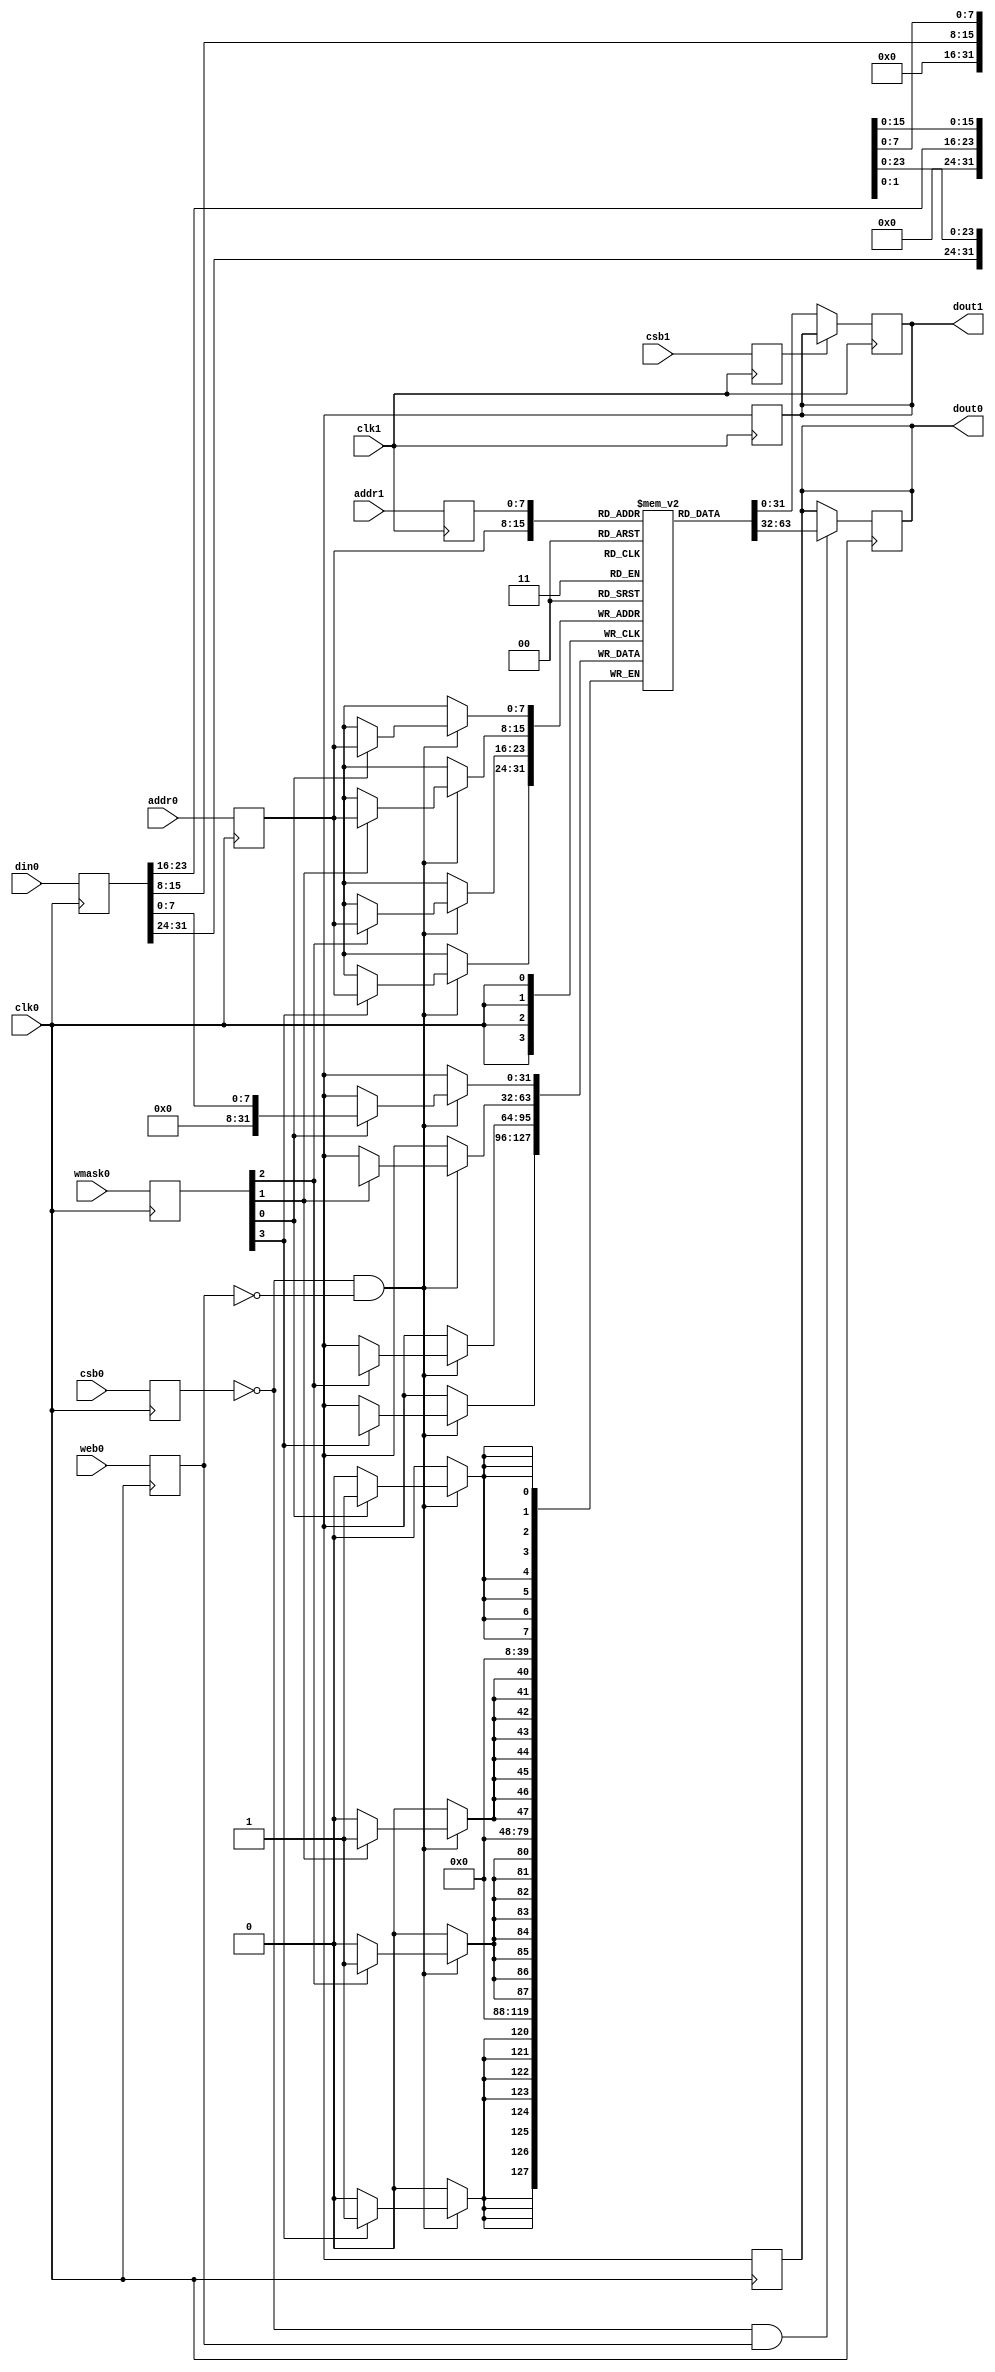
// OpenRAM SRAM model
// Words: 256
// Word size: 32
// Write size: 8

module sky130_sram_1kbyte_1rw1r_32x256_8(
`ifdef USE_POWER_PINS
    vccd1,
    vssd1,
`endif
// Port 0: RW
    clk0,csb0,web0,wmask0,addr0,din0,dout0,
// Port 1: R
    clk1,csb1,addr1,dout1
  );

  parameter NUM_WMASKS = 4 ;
  parameter DATA_WIDTH = 32 ;
  parameter ADDR_WIDTH = 8 ;
  parameter RAM_DEPTH = 1 << ADDR_WIDTH;
  // FIXME: This delay is arbitrary.
  parameter DELAY = 3 ;
  parameter VERBOSE = 1 ; //Set to 0 to only display warnings
  parameter T_HOLD = 1 ; //Delay to hold dout value after posedge. Value is arbitrary

`ifdef USE_POWER_PINS
    inout vccd1;
    inout vssd1;
`endif
  input  clk0; // clock
  input   csb0; // active low chip select
  input  web0; // active low write control
  input [ADDR_WIDTH-1:0]  addr0;
  input [NUM_WMASKS-1:0]   wmask0; // write mask
  input [DATA_WIDTH-1:0]  din0;
  output [DATA_WIDTH-1:0] dout0;
  input  clk1; // clock
  input   csb1; // active low chip select
  input [ADDR_WIDTH-1:0]  addr1;
  output [DATA_WIDTH-1:0] dout1;

  reg [DATA_WIDTH-1:0]    mem [0:RAM_DEPTH-1];

  reg  csb0_reg;
  reg  web0_reg;
  reg [NUM_WMASKS-1:0]   wmask0_reg;
  reg [ADDR_WIDTH-1:0]  addr0_reg;
  reg [DATA_WIDTH-1:0]  din0_reg;
  reg [DATA_WIDTH-1:0]  dout0;

  // All inputs are registers
  always @(posedge clk0)
  begin
    csb0_reg = csb0;
    web0_reg = web0;
    wmask0_reg = wmask0;
    addr0_reg = addr0;
    din0_reg = din0;
    #(T_HOLD) dout0 = 32'bx;
    if ( !csb0_reg && web0_reg && VERBOSE )
      $display($time," Reading %m addr0=%b dout0=%b",addr0_reg,mem[addr0_reg]);
    if ( !csb0_reg && !web0_reg && VERBOSE )
      $display($time," Writing %m addr0=%b din0=%b wmask0=%b",addr0_reg,din0_reg,wmask0_reg);
  end

  reg  csb1_reg;
  reg [ADDR_WIDTH-1:0]  addr1_reg;
  reg [DATA_WIDTH-1:0]  dout1;

  // All inputs are registers
  always @(posedge clk1)
  begin
    csb1_reg = csb1;
    addr1_reg = addr1;
    if (!csb0 && !web0 && !csb1 && (addr0 == addr1))
         $display($time," WARNING: Writing and reading addr0=%b and addr1=%b simultaneously!",addr0,addr1);
    #(T_HOLD) dout1 = 32'bx;
    if ( !csb1_reg && VERBOSE ) 
      $display($time," Reading %m addr1=%b dout1=%b",addr1_reg,mem[addr1_reg]);
  end


  // Memory Write Block Port 0
  // Write Operation : When web0 = 0, csb0 = 0
  always @ (negedge clk0)
  begin : MEM_WRITE0
    if ( !csb0_reg && !web0_reg ) begin
        if (wmask0_reg[0])
                mem[addr0_reg][7:0] = din0_reg[7:0];
        if (wmask0_reg[1])
                mem[addr0_reg][15:8] = din0_reg[15:8];
        if (wmask0_reg[2])
                mem[addr0_reg][23:16] = din0_reg[23:16];
        if (wmask0_reg[3])
                mem[addr0_reg][31:24] = din0_reg[31:24];
    end
  end

  // Memory Read Block Port 0
  // Read Operation : When web0 = 1, csb0 = 0
  always @ (negedge clk0)
  begin : MEM_READ0
    if (!csb0_reg && web0_reg)
       dout0 <= #(DELAY) mem[addr0_reg];
  end

  // Memory Read Block Port 1
  // Read Operation : When web1 = 1, csb1 = 0
  always @ (negedge clk1)
  begin : MEM_READ1
    if (!csb1_reg)
       dout1 <= #(DELAY) mem[addr1_reg];
  end

endmodule